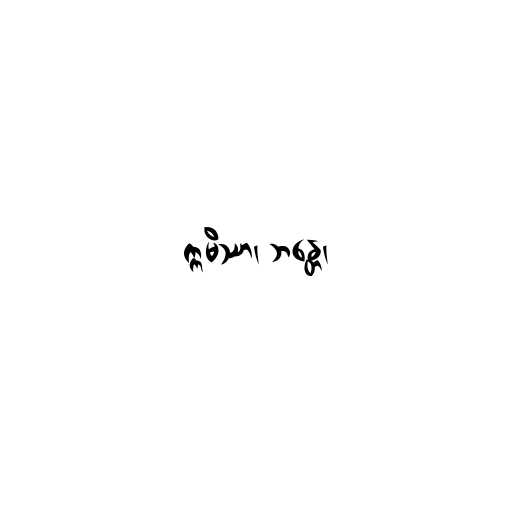
ဣမိဿာ၊ ဘန္တေ၊